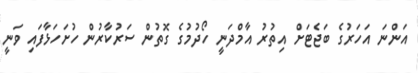
އަންނަ އަހަރުގެ ބަޖެޓަށް އިތުރު އާމްދަނީ ހޯދުމުގެ ގޮތުން ސަރުކާރުން ހުށަހަޅާފައި ވަނީ